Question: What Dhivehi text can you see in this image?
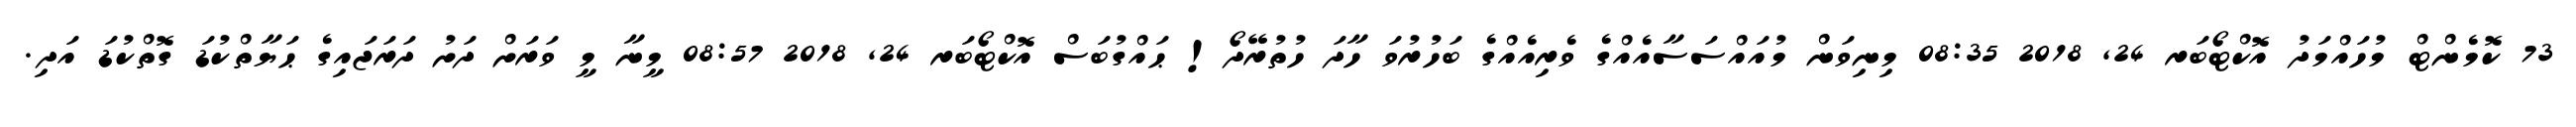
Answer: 73 ކޮމެންޓް މުހައްމަދު އޮކްޓޯބަރ 24, 2018 08:35 މިނިވަން މުއައްސަސާއެއްގެ ވެރިއެއްގެ ބަހުރުވަ ހާދަ ހުތުރޭދޯ! ޙައްގުބަސް އޮކްޓޯބަރ 24, 2018 08:57 މީނާ މީ ވަރަށް ދަށު ދަރަޖައިގެ ޙަޔާތްކުޑަ ގޮތްކުޑަ އަދި.